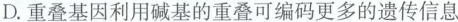
D.重叠基因利用碱基的重叠可编码更多的遗传信息